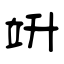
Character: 竔